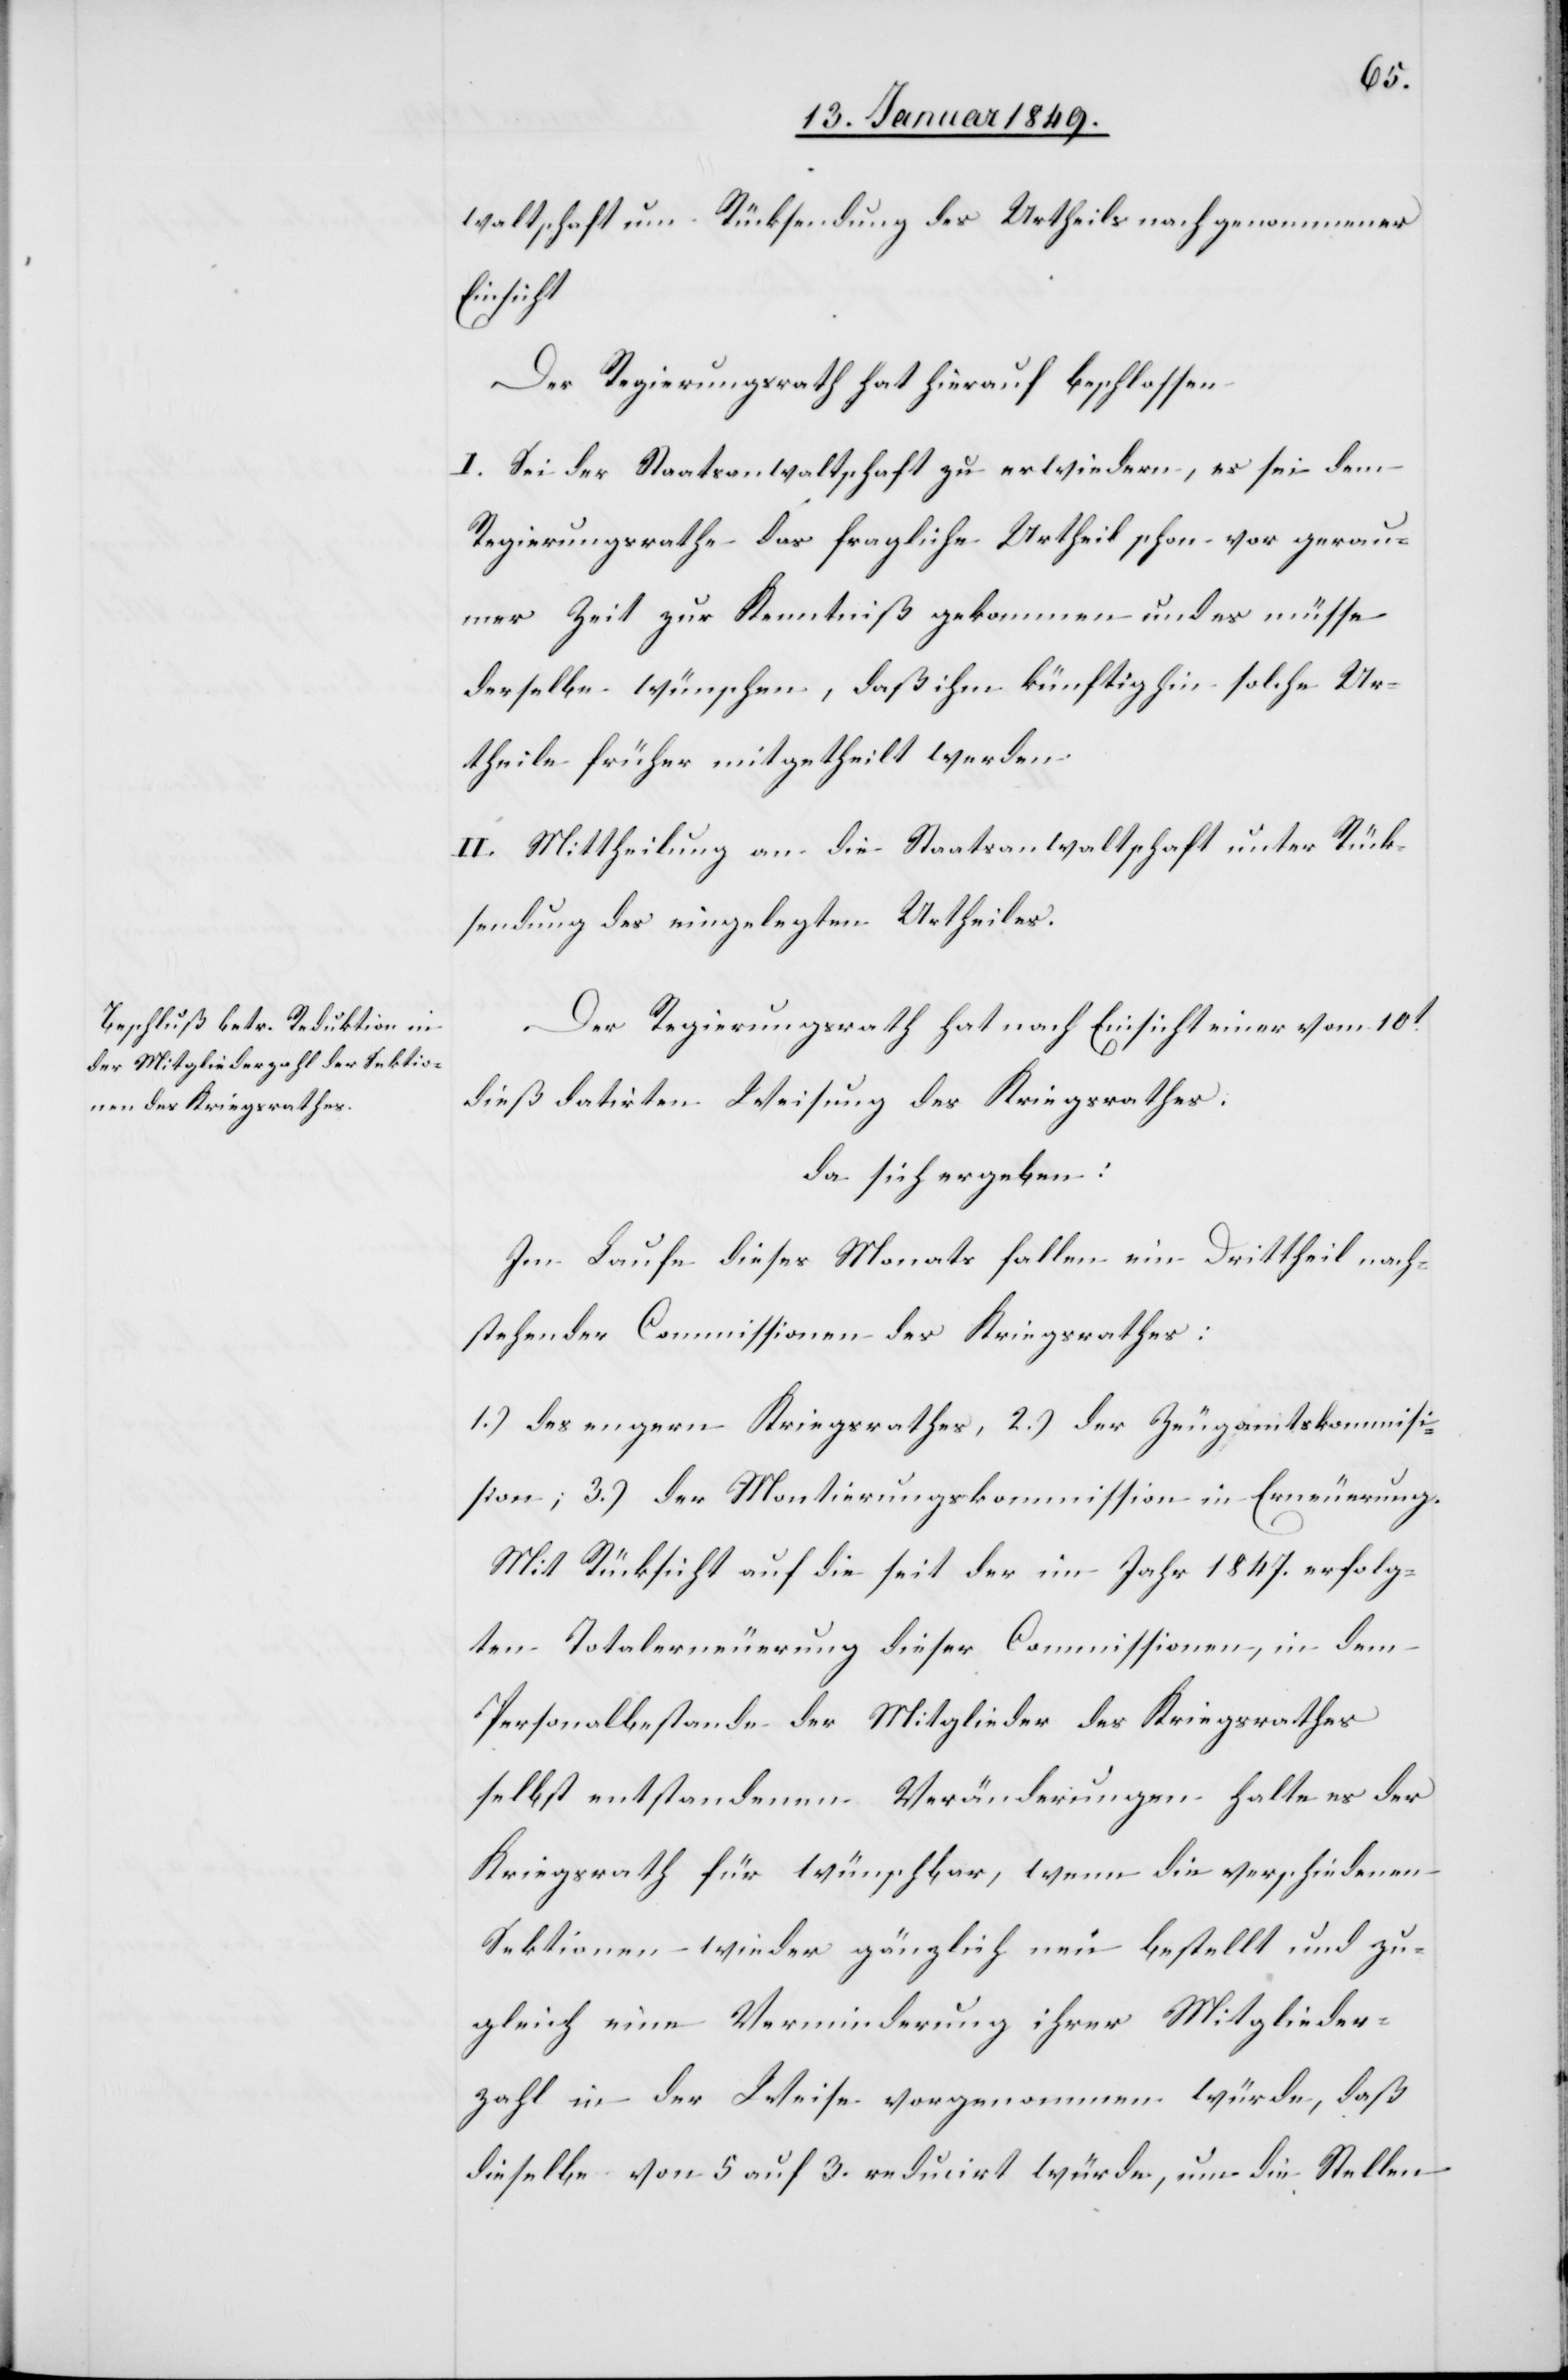
waltschaft um Rücksendung des Urtheils nach genommener
Einsicht
Der Regierungsrath hat hierauf beschlossen
I. Sei der Staatsanwaltschaft zu erwiedern, es sei dem
Regierungsrathe das fragliche Urtheil schon vor gerau¬
mer Zeit zur Kenntniß gekommen und es müsse
derselbe wünschen, daß ihm künftighin solche Ur¬
theile früher mitgetheilt werden.
II. Mittheilung an die Staatsanwaltschaft unter Rück¬
sendung des eingelegten Urtheiles.
Der Regierungsrath hat nach Einsicht einer vom 10t.
dieß datirten Weisung des Kriegsrathes;
da sich ergeben:
Im Laufe dieses Monats fallen ein Drittheil nach¬
stehender Commissionen des Kriegsrathes:
1.) des engern Kriegsrathes, 2.) der Zeugamtskommisision
[sic!]; 3.) der Montierungskommission in Erneuerung.
Mit Rücksicht auf die seit der im Jahr 1847. erfolg¬
ten Totalerneuerung dieser Commissionen, in dem
Personalbestande der Mitglieder des Kriegsrathes
selbst entstandenen Veränderungen halte es der
Kriegsrath für wünschbar, wenn die verschiedenen
Sektionen wieder gänzlich neu bestellt und zu¬
gleich eine Verminderung ihrer Mitglieder¬
zahl in der Weise vorgenommen würde, daß
dieselbe von 5 auf 3. reducirt würden, um die Stellen